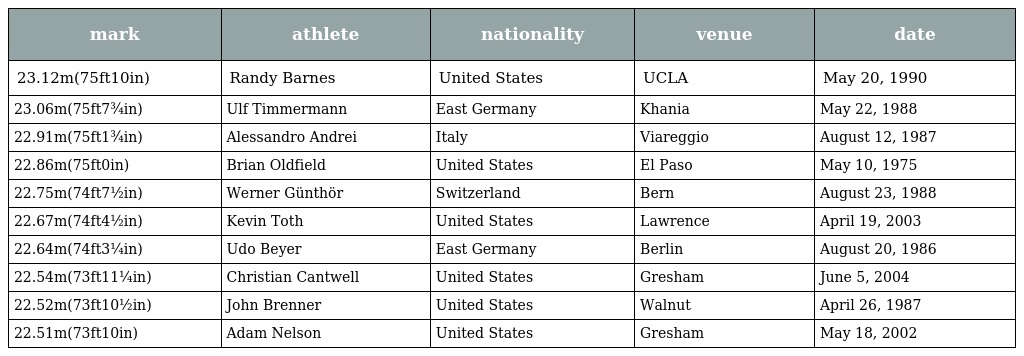
| mark | athlete | nationality | venue | date |
 | --- | --- | --- | --- | --- |
 | 23.12m(75ft10in) | Randy Barnes | United States | UCLA | May 20, 1990 |
 | 23.06m(75ft7¾in) | Ulf Timmermann | East Germany | Khania | May 22, 1988 |
 | 22.91m(75ft1¾in) | Alessandro Andrei | Italy | Viareggio | August 12, 1987 |
 | 22.86m(75ft0in) | Brian Oldfield | United States | El Paso | May 10, 1975 |
 | 22.75m(74ft7½in) | Werner Günthör | Switzerland | Bern | August 23, 1988 |
 | 22.67m(74ft4½in) | Kevin Toth | United States | Lawrence | April 19, 2003 |
 | 22.64m(74ft3¼in) | Udo Beyer | East Germany | Berlin | August 20, 1986 |
 | 22.54m(73ft11¼in) | Christian Cantwell | United States | Gresham | June 5, 2004 |
 | 22.52m(73ft10½in) | John Brenner | United States | Walnut | April 26, 1987 |
 | 22.51m(73ft10in) | Adam Nelson | United States | Gresham | May 18, 2002 |